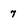
Character: 7